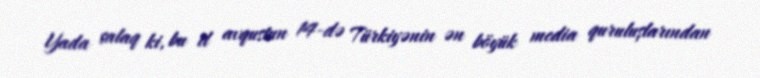
Yada salaq ki, bu il avqustun 14-də Türkiyənin ən böyük media quruluşlarından